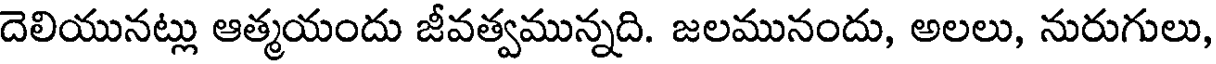
దెలియునట్లు ఆత్మయందు జీవత్వమున్నది. జలమునందు, అలలు, నురుగులు,